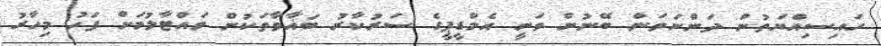
ހައިސިއްޔަތުން ދަންނަވަން ބޭނުން ވަނީ އެމްޑީޕީގެ ސަރުކާރު ބަޣާވާތަކުން ވައްޓާލުމަށް ފަހު މިހާރު